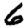
Digit: 6